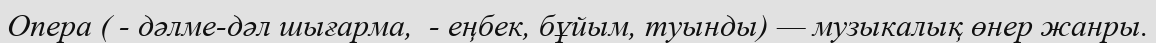
Опера ( - дәлме-дәл шығарма,  - еңбек, бұйым, туынды) — музыкалық өнер жанры.